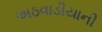
અઠવાડીયાની